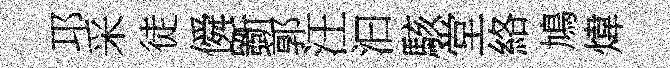
邛采徒僢斵郭汪汩駭堂絡鳩煒